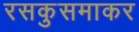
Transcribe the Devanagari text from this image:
रसकुसमाकर